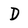
Character: D